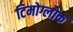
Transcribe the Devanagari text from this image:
टिमोग्लोक